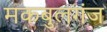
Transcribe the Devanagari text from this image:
मकबुलगंज